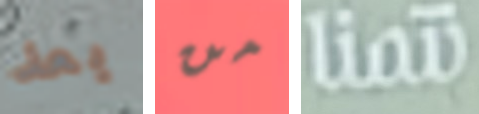
بعد من نتمنا